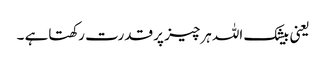
یعنی بیشک اللہ ہرچیز پر قدرت رکھتاہے ۔